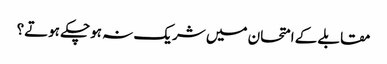
مقابلے کے امتحان میں شریک نہ ہوچکے ہوتے؟